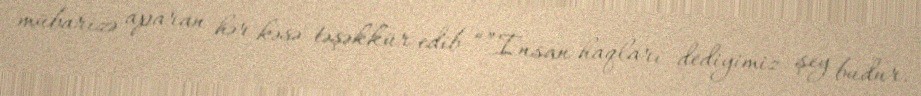
mübarizə aparan hər kəsə təşəkkür edib: “”İnsan haqları dediyimiz şey budur.